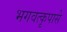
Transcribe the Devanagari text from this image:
भगवत्‍कृपासे